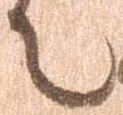
言